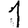
Digit: 1